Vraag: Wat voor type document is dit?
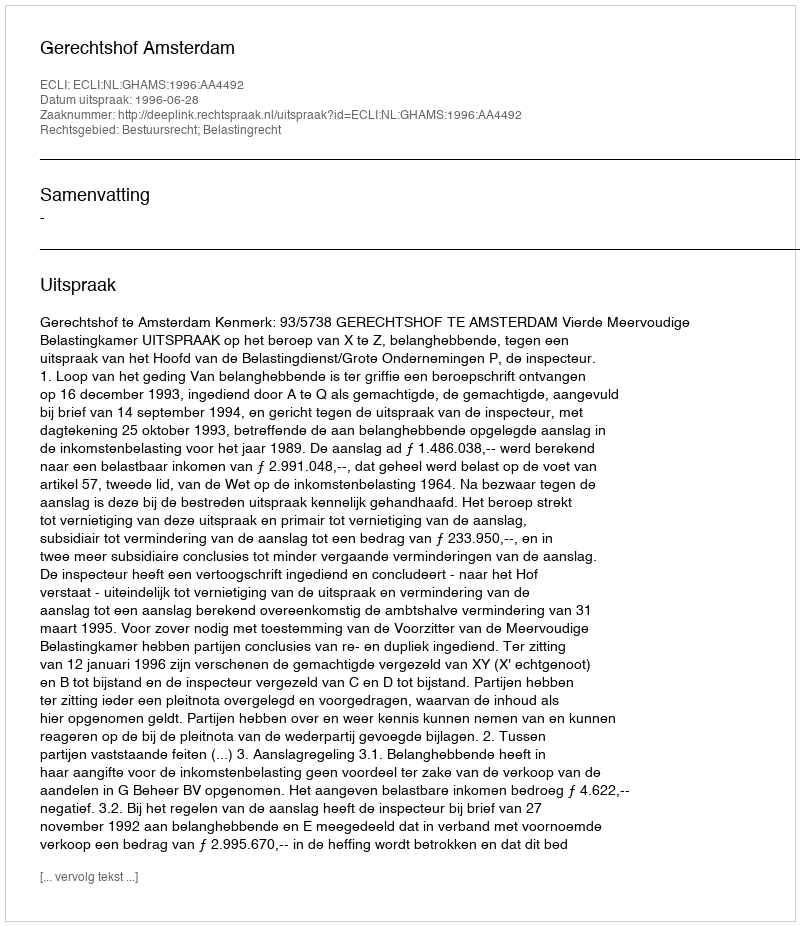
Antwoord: Uitspraak